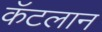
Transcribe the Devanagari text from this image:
कॅटलान